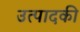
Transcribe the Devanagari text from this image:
उत्पादकी